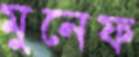
মুনেফ